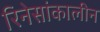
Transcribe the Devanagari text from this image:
रिनेसांकालीन